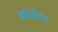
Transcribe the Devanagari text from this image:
टरफेनिल